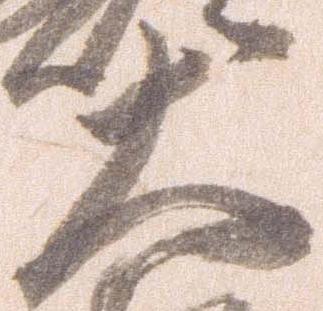
大